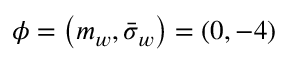
\phi = \left( m _ { w } , \bar { \sigma } _ { w } \right) = ( 0 , - 4 )